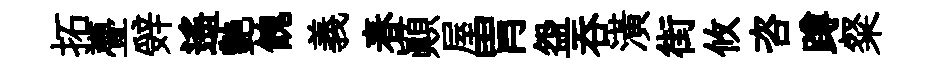
拓亹辤遥艶餽義春顛屋胃盌吞潢街攸咨蹲粲